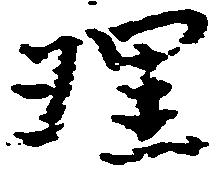
理